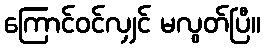
ကြောင်ဝင်လျှင် မလွတ်ပြီ။